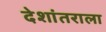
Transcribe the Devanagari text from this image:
देशांतराला